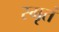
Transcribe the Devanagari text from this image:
स्मृतं